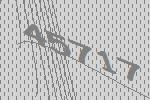
45717